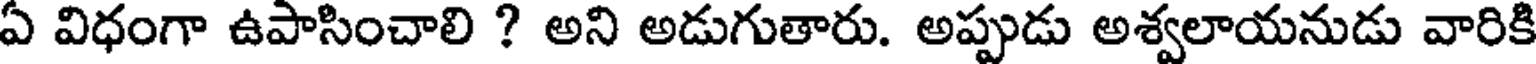
ఏ విధంగా ఉపాసించాలి ? అని అడుగుతారు. అప్పుడు అశ్వలాయనుడు వారికి